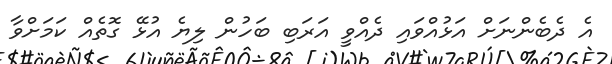
އެ ދެބެންނަށް އަޅުއްވައި ދެއްވީ އަރަބި ބަހުން ލިޔެ އުޅޭ ގޮތެއް ކަމަށްވާ